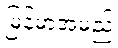
မြန်မာအမည်